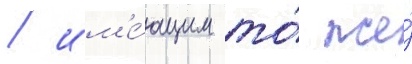
/ им'е́ющим то́ же́